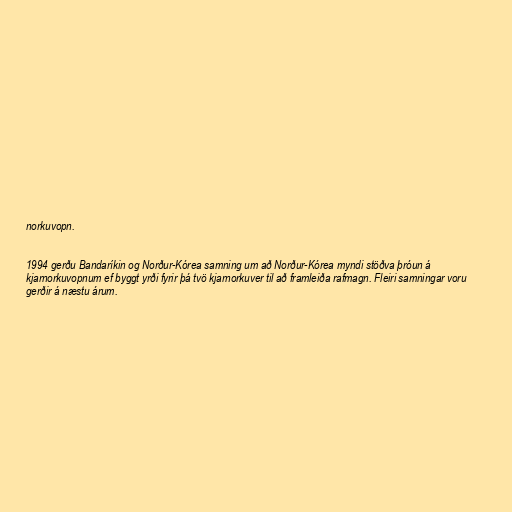
norkuvopn.

1994 gerðu Bandaríkin og Norður-Kórea samning um að Norður-Kórea myndi stöðva þróun á
kjarnorkuvopnum ef byggt yrði fyrir þá tvö kjarnorkuver til að framleiða rafmagn. Fleiri samningar voru
gerðir á næstu árum.